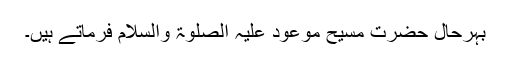
بہرحال حضرت مسیح موعود علیہ الصلوٰۃ والسلام فرماتے ہیں۔